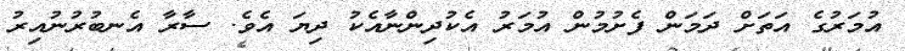
އުމަރުގެ އަތަށް ދަމަން ފެށުމުން އުމަރު އެކުދިންނާއެކު ދިޔަ އެވެ. ސާރާ އެނބުރުނުއިރު